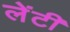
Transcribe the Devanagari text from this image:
लेंटी